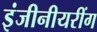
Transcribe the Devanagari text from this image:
इंजीनीयरींग